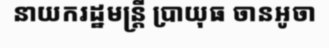
នាយករដ្ឋមន្ត្រី ប្រាយុធ ចានអូចា